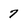
Character: 7